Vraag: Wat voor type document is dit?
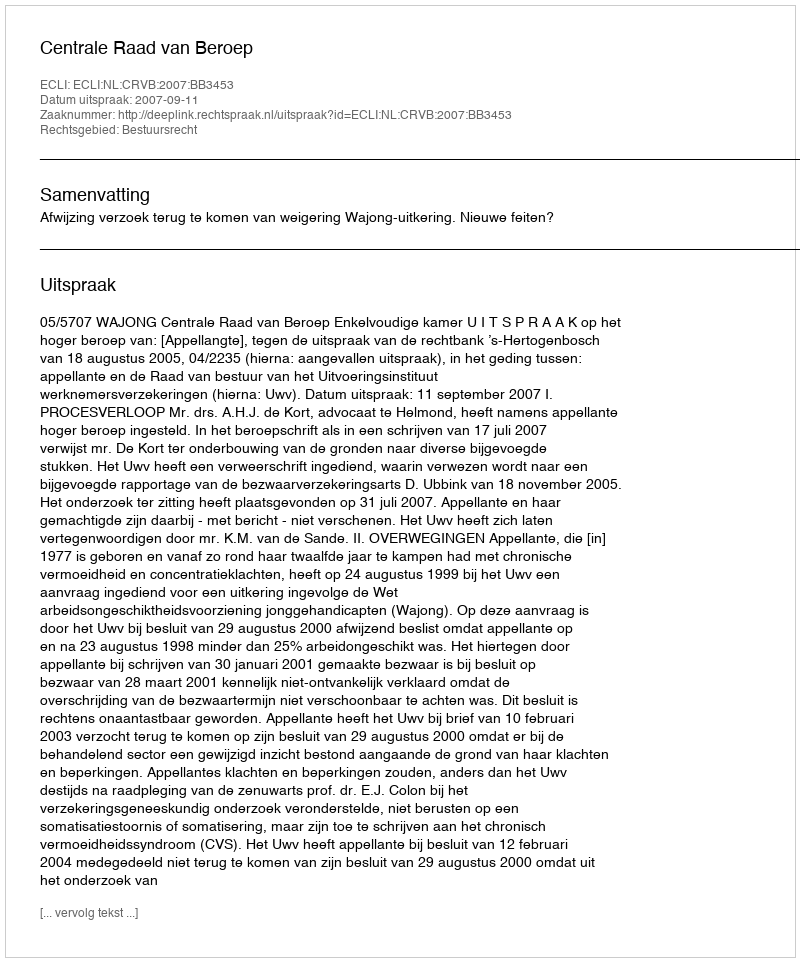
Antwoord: Uitspraak